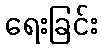
ရေးခြင်း